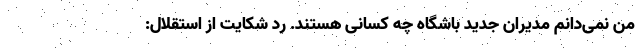
من نمی‌دانم مدیران جدید باشگاه چه کسانی هستند. رد شکایت از استقلال: